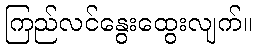
ကြည်လင်နွေးထွေးလျက်။